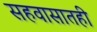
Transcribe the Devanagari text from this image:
सहवासातही